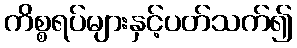
ကိစ္စရပ်များနှင့်ပတ်သက်၍